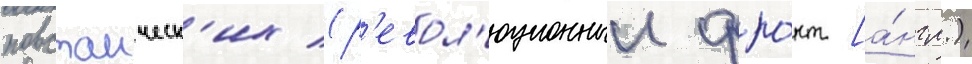
повстанческ'их (р'евол'юционныи фро́нт [а́нгл.)